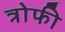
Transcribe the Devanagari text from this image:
त्रोफी